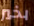
بخير